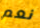
نعم